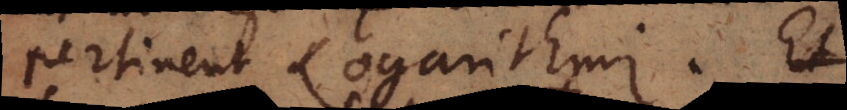
pertinent Logarithmi. Et